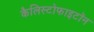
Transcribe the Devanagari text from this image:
कैलिस्टोफाइटॉन